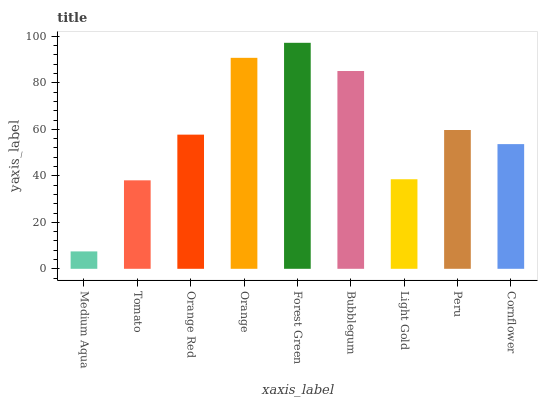
| xaxis_label | bars |
 | --- | --- |
 | Medium Aqua | 7.48 |
 | Tomato | 38.1 |
 | Orange Red | 57.7 |
 | Orange | 90.7 |
 | Forest Green | 97.2 |
 | Bubblegum | 85.1 |
 | Light Gold | 38.5 |
 | Peru | 59.7 |
 | Cornflower | 53.6 |